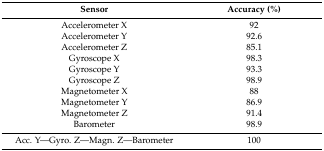
<table><thead><tr><td><b>Sensor</b></td><td><b>Accuracy (%)</b></td></tr></thead><tbody><tr><td>Accelerometer X</td><td>92</td></tr><tr><td>Accelerometer Y</td><td>92.6</td></tr><tr><td>Accelerometer Z</td><td>85.1</td></tr><tr><td>Gyroscope X</td><td>98.3</td></tr><tr><td>Gyroscope Y</td><td>93.3</td></tr><tr><td>Gyroscope Z</td><td>98.9</td></tr><tr><td>Magnetometer X</td><td>88</td></tr><tr><td>Magnetometer Y</td><td>86.9</td></tr><tr><td>Magnetometer Z</td><td>91.4</td></tr><tr><td>Barometer</td><td>98.9</td></tr><tr><td>Acc. Y—Gyro. Z—Magn. Z—Barometer</td><td>100</td></tr></tbody></table>